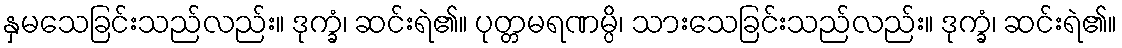
နှမသေခြင်းသည်လည်း။ ဒုက္ခံ၊ ဆင်းရဲ၏။ ပုတ္တမရဏမ္ပိ၊ သားသေခြင်းသည်လည်း။ ဒုက္ခံ၊ ဆင်းရဲ၏။